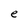
Character: e